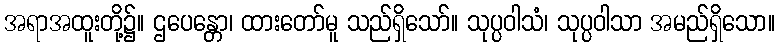
အရာအထူးတို့၌။ ဌပေန္တော၊ ထားတော်မူ သည်ရှိသော်။ သုပ္ပဝါသံ၊ သုပ္ပဝါသာ အမည်ရှိသော။